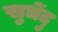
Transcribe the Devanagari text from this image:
सुधेंदु